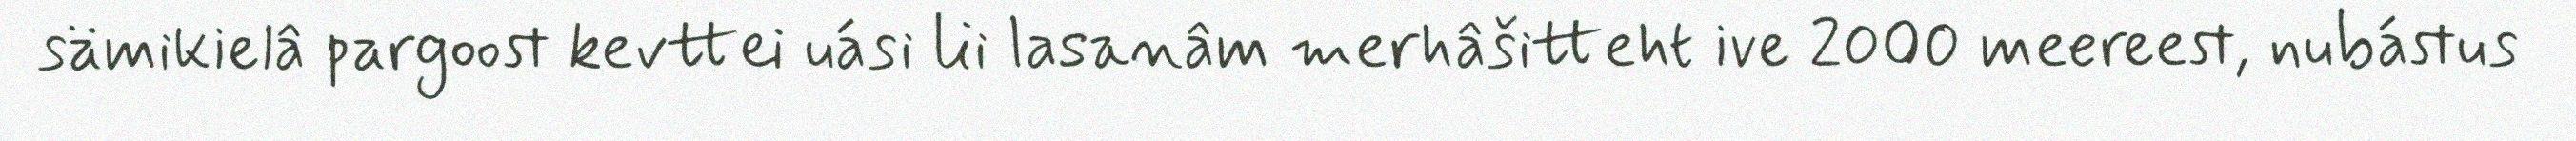
sämikielâ pargoost kevttei uási lii lasanâm merhâšitteht ive 2000 meereest, nubástus